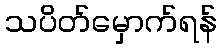
သပိတ်မှောက်ရန်